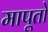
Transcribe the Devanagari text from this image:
मापूतो